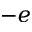
- e